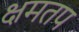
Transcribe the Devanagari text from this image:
क्षमतप